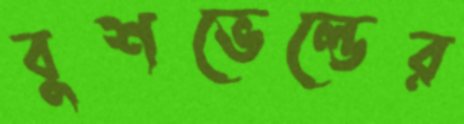
বুশভেল্ডের